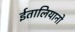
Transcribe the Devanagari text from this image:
ईतालियानो